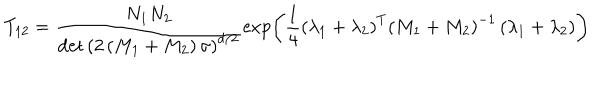
T _ { 1 2 } = \frac { N _ { 1 } N _ { 2 } } { \det \left( 2 \left( M _ { 1 } + M _ { 2 } \right) \sigma \right) ^ { d / 2 } } \exp \left( \frac { 1 } { 4 } \left( \lambda _ { 1 } + \lambda _ { 2 } \right) ^ { T } \left( M _ { 1 } + M _ { 2 } \right) ^ { - 1 } \left( \lambda _ { 1 } + \lambda _ { 2 } \right) \right)